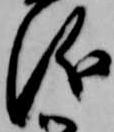
儀